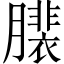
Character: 𦢄